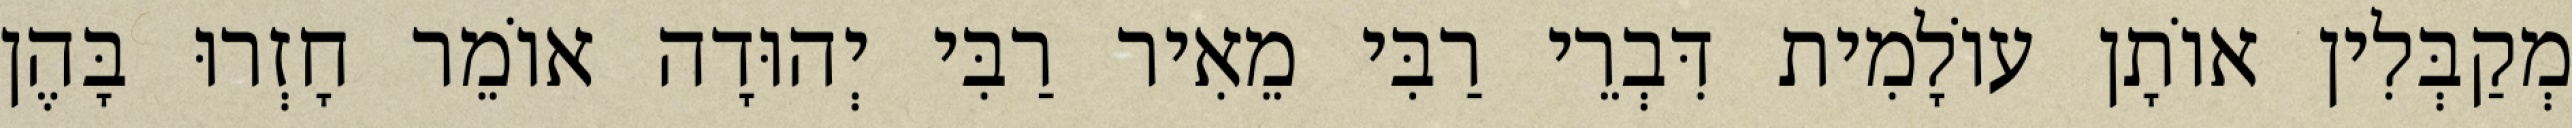
מְקַבְּלִין אוֹתָן עוֹלָמִית דִּבְרֵי רַבִּי מֵאִיר רַבִּי יְהוּדָה אוֹמֵר חָזְרוּ בָּהֶן